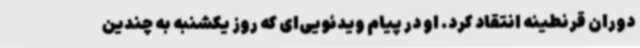
دوران قرنطینه انتقاد کرد. او در پیام ویدئویی‌ای که روز یکشنبه به چندین